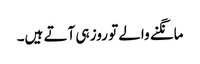
مانگنے والے تو روز ہی آتے ہیں۔